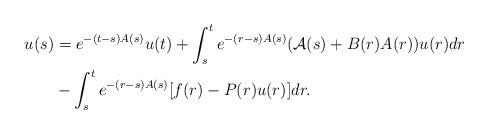
LaTeX: \begin{align*}u(s) &=e^{-(t-s)A(s)}u(t) +\int_{s}^{t}e^{-(r-s)A(s)}(\mathcal{A}(s)+B(r)A(r))u(r) dr \\ &-\int_{s}^{t}e^{-(r-s)A(s)}[f(r)-P(r)u(r)] dr. \end{align*}